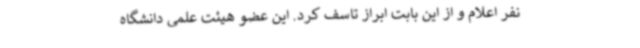
نفر اعلام و از این بابت ابراز تاسف کرد. این عضو هیئت علمی دانشگاه